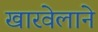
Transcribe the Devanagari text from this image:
खारवेलाने